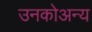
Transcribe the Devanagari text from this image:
उनकोअन्य